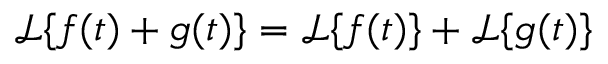
{ \mathcal { L } } \{ f ( t ) + g ( t ) \} = { \mathcal { L } } \{ f ( t ) \} + { \mathcal { L } } \{ g ( t ) \}